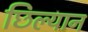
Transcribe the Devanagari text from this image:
छिल्यान